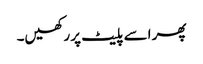
پھر اسے پلیٹ پر رکھیں۔